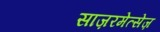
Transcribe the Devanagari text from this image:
साज़रमेत्सेज़